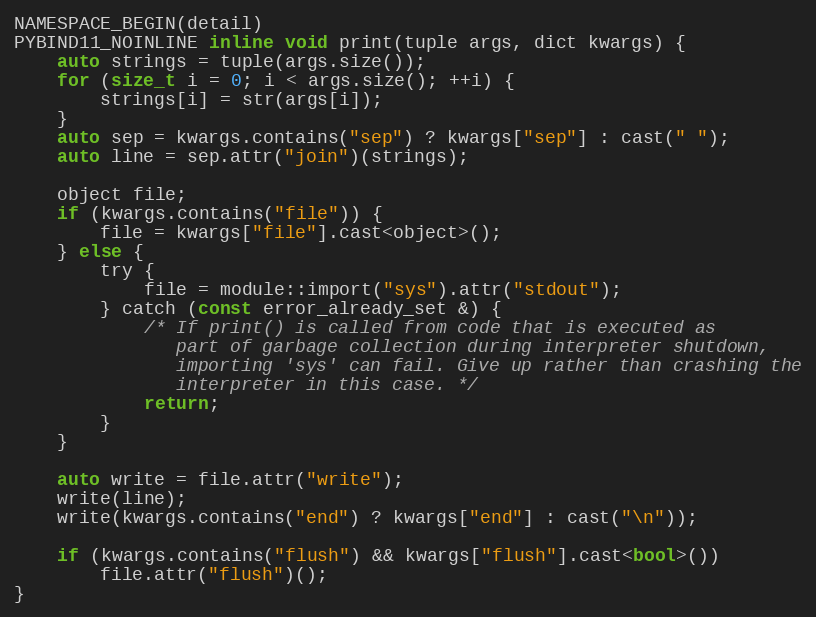
Language: C
NAMESPACE_BEGIN(detail)
PYBIND11_NOINLINE inline void print(tuple args, dict kwargs) {
    auto strings = tuple(args.size());
    for (size_t i = 0; i < args.size(); ++i) {
        strings[i] = str(args[i]);
    }
    auto sep = kwargs.contains("sep") ? kwargs["sep"] : cast(" ");
    auto line = sep.attr("join")(strings);

    object file;
    if (kwargs.contains("file")) {
        file = kwargs["file"].cast<object>();
    } else {
        try {
            file = module::import("sys").attr("stdout");
        } catch (const error_already_set &) {
            /* If print() is called from code that is executed as
               part of garbage collection during interpreter shutdown,
               importing 'sys' can fail. Give up rather than crashing the
               interpreter in this case. */
            return;
        }
    }

    auto write = file.attr("write");
    write(line);
    write(kwargs.contains("end") ? kwargs["end"] : cast("\n"));

    if (kwargs.contains("flush") && kwargs["flush"].cast<bool>())
        file.attr("flush")();
}